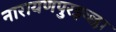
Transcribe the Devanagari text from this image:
नारायणपुरइच्छा